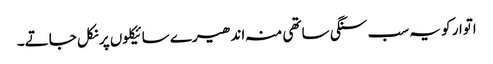
اتوار کو یہ سب سنگی ساتھی منہ اندھیرے سائیکلوں پر نکل جاتے۔